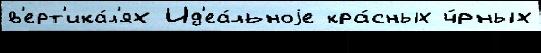
в'ерт'ика́л'ях Ид'еа́льноjе кра́сных ч́рных